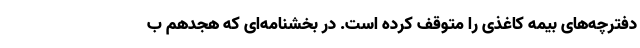
دفترچه‌های بیمه کاغذی را متوقف کرده است. در بخشنامه‌ای که هجدهم ب